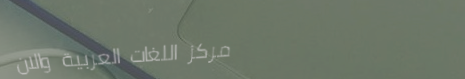
مركز اللغات العربية والان